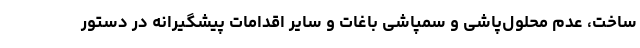
ساخت، عدم محلول‌پاشی و سمپاشی باغات و سایر اقدامات پیشگیرانه در دستور